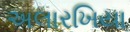
અલારખિયા